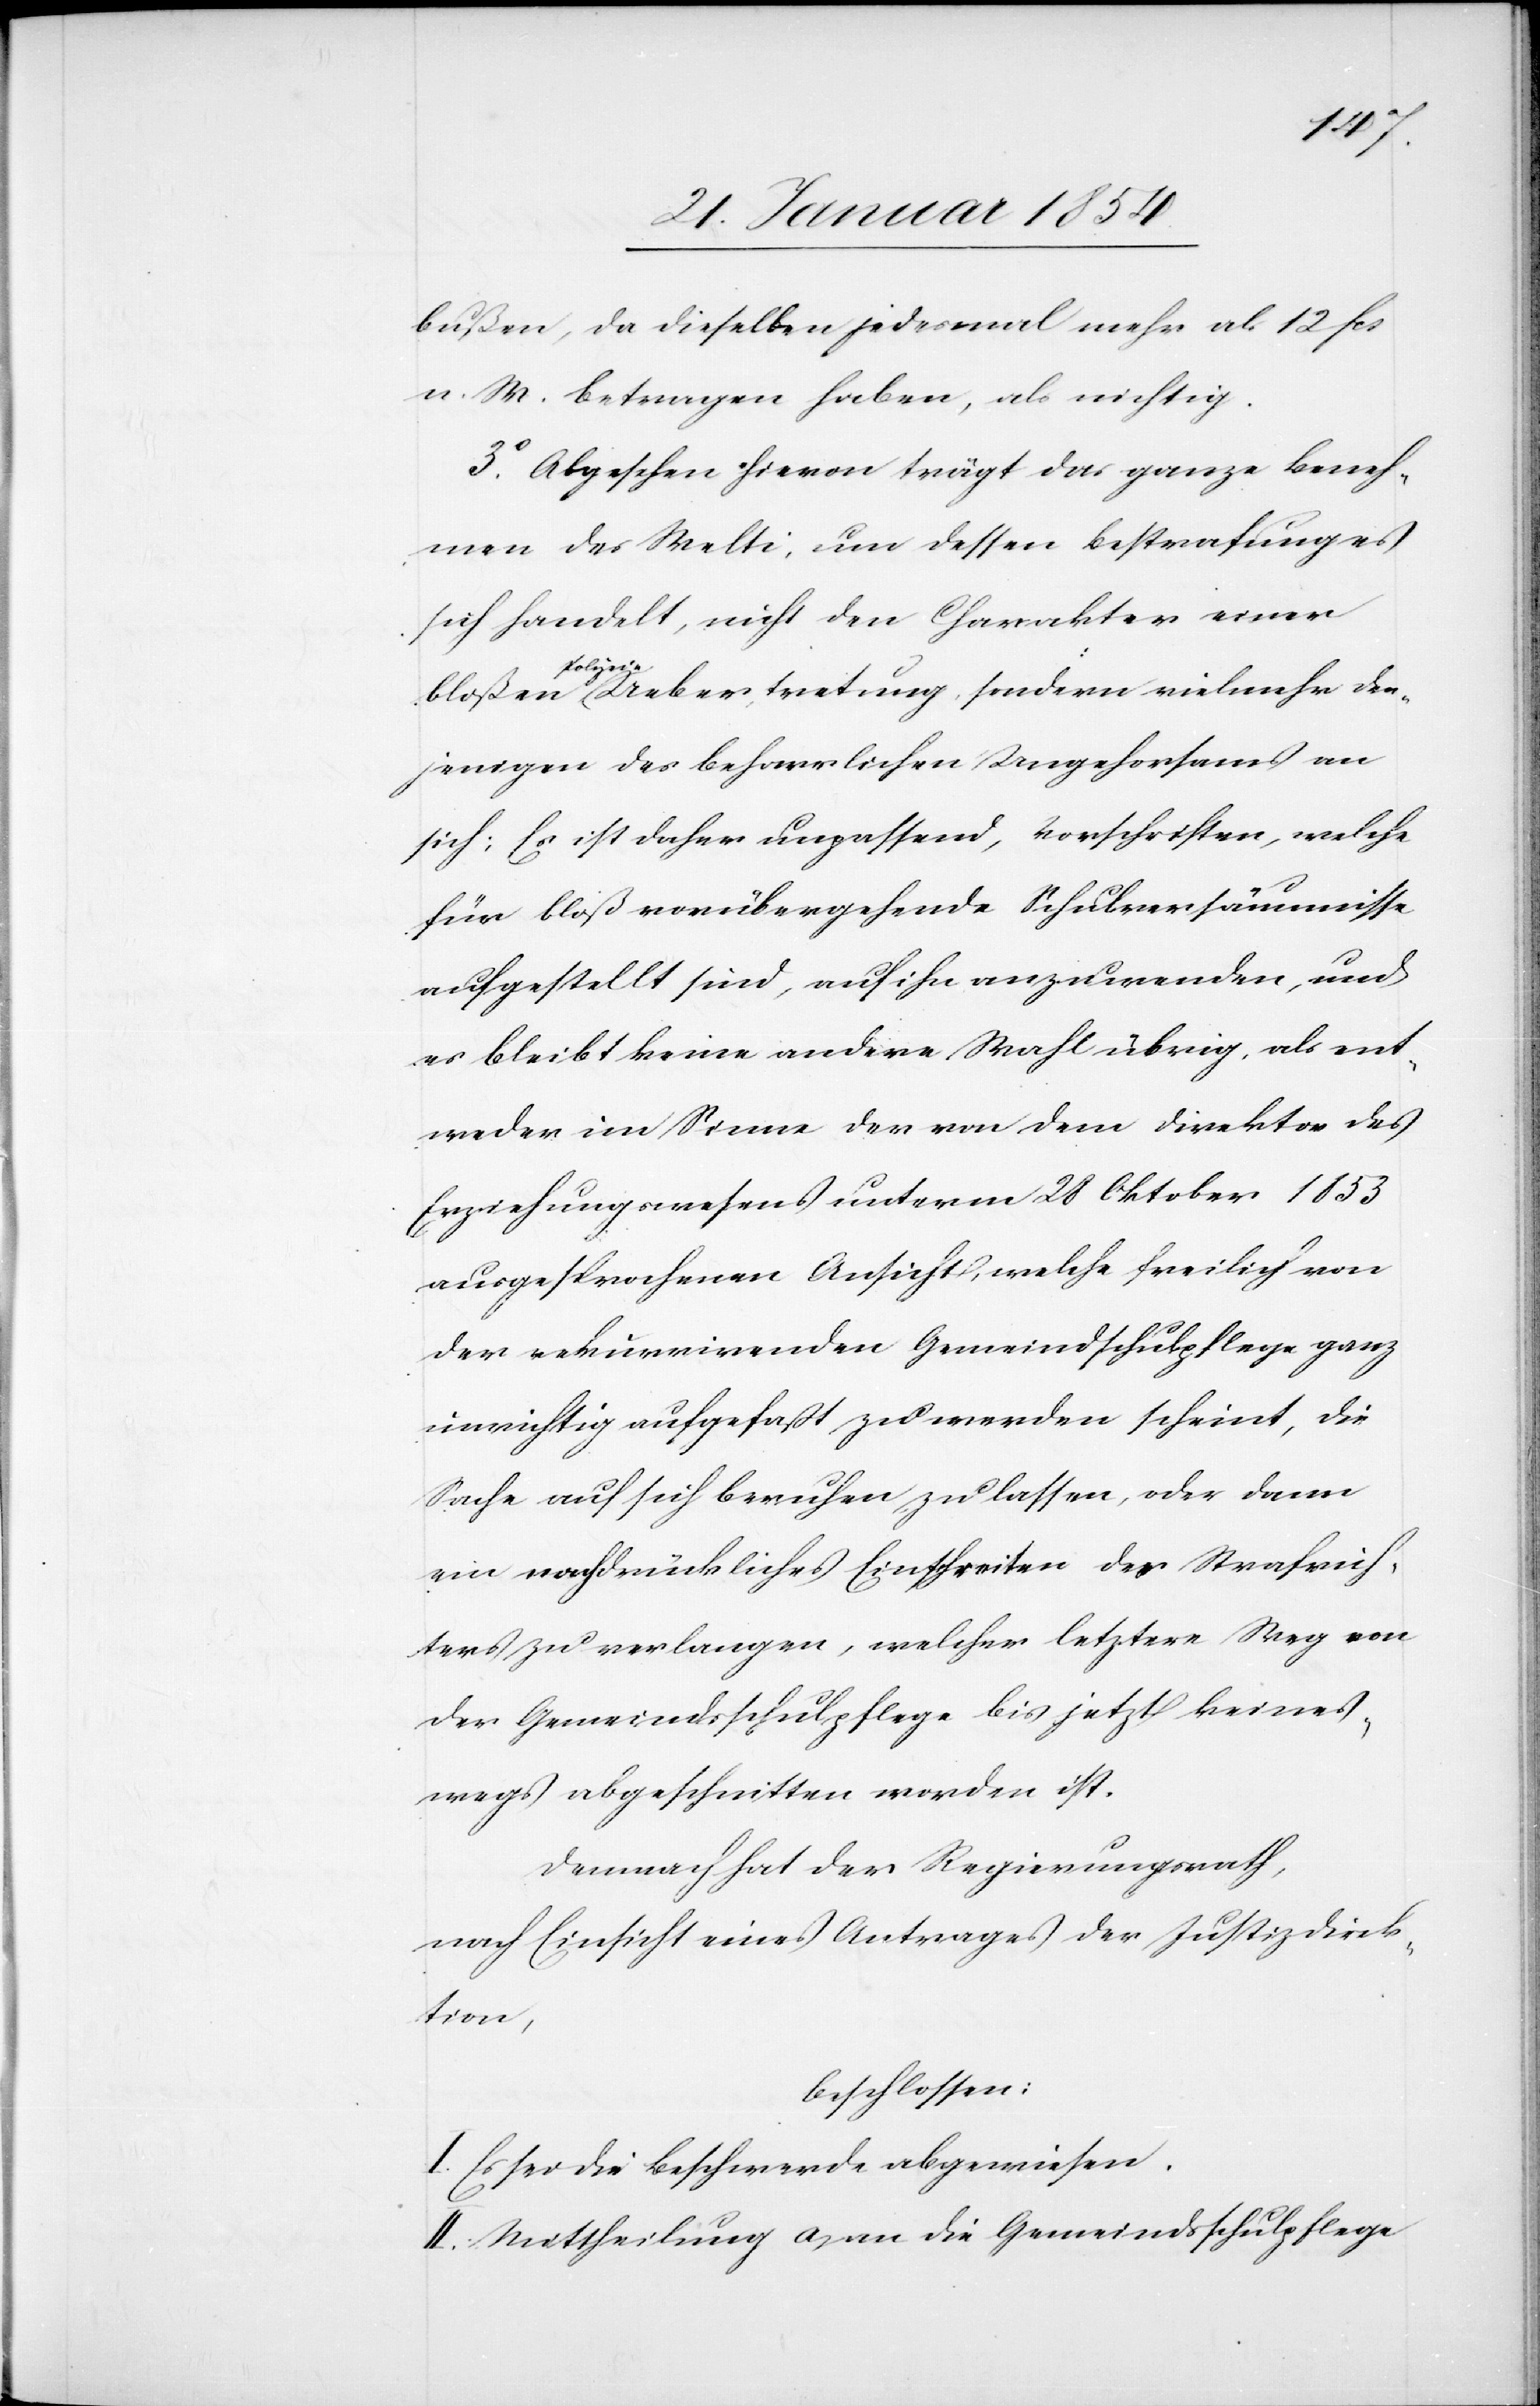
der¬
bußen, da dieselben jedesmal mehr als 12 fcs
u. M. betragen haben, als richtig.
3o Abgesehen hievon trägt das ganze Beneh¬
men des Welti, um dessen Bestrafung es
sich handelt, nicht den Charakter einer
jenigen des beharrlichen Ungehorsams an
sich; Es ist daher unpassend, Vorschriften, welche
für bloß vorübergehende Schulversäumnisse
aufgestellt sind, auf ihn anzuwenden, und
es bleibt keine andere Wahl übrig, als ent¬
weder im Sinne der von dem Direktor des
Erziehungswesens unterm 28 Oktober 1853
ausgesprochenen Ansicht, welche freilich von
der rekurrirenden Gemeindschulpflege ganz
unrichtig aufgefaßt zu werden scheint, die
Sache auf sich beruhen zu lassen, oder dann
ein nachdrückliches Einschreiten des Strafrich¬
ters zu verlangen, welcher letztere Weg von
der Gemeindsschulpflege bis jetzt keines¬
twegs abgeschritten worden ist.
Demnach hat der Regierungsrath,
nach Einsicht eines Antrages der Justizdirek¬
tion,
beschlossen:
I. Es sei die Beschwerde abgewiesen.
II. Mittheilung a) an die Gemeindsschulpflege